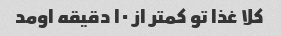
کلا غذا تو کمتر از ۱۰ دقیقه اومد